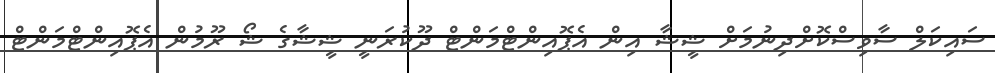
ސައިކަލް ސާވިސްކޮށްދިނުމަށް ޝީޝާ އިން އެޕޮއިންޓްމަންޓް ދޫކުރަނީ ޝީޝާގެ ޝޯ ރޫމުން އެޕޮއިންޓްމަންޓް